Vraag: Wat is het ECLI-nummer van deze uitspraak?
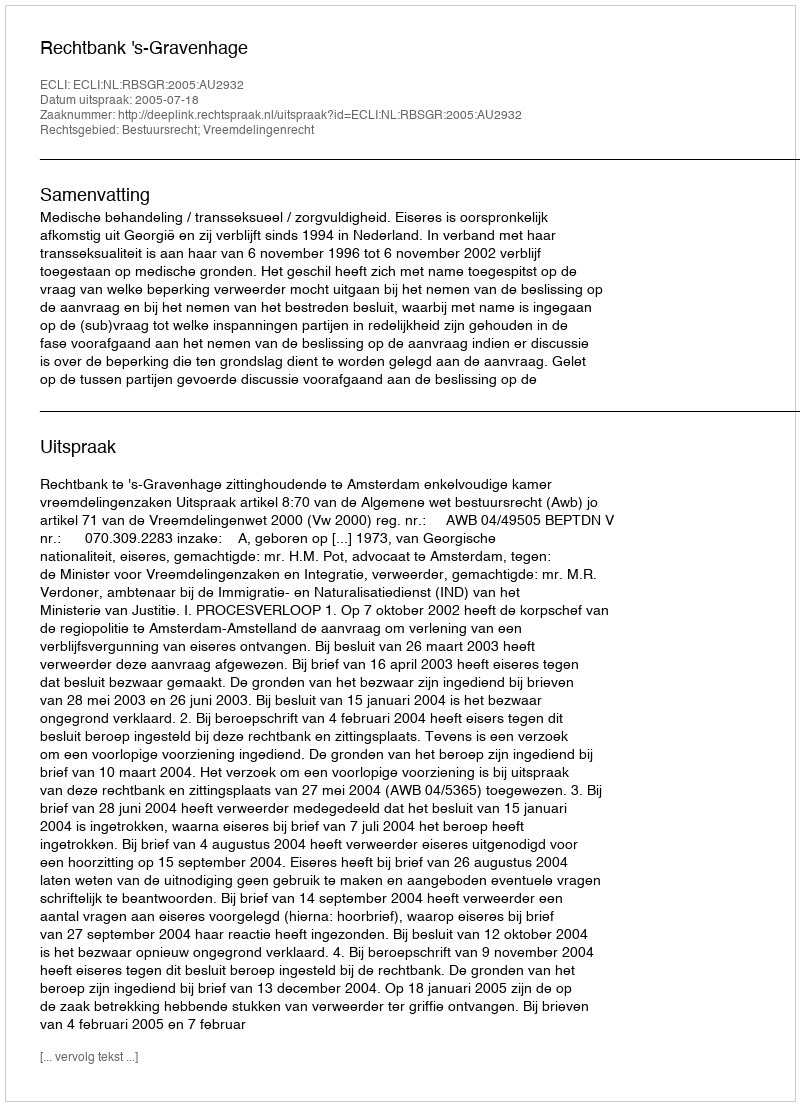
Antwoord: ECLI:NL:RBSGR:2005:AU2932